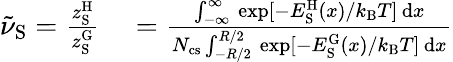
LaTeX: \begin{array}{rl}{\tilde{\nu}_{\mathrm{S}}=\frac{z_{\mathrm{S}}^{\mathrm{H}}}{z_{\mathrm{S}}^{\mathrm{G}}}}&{{}=\frac{\int_{-\infty}^{\infty}\, \exp[-E_{\mathrm{S}}^{\mathrm{H}}(x)/k_{\mathrm{B}}T]\, \mathrm{d}x}{N_{\mathrm{cs}}\int_{-R/2}^{R/2}\, \exp[-E_{\mathrm{S}}^{\mathrm{G}}(x)/k_{\mathrm{B}}T]\, \mathrm{d}x}}\end{array}